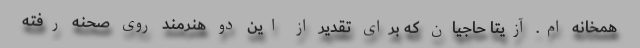
همخانه ام. آزیتا حاجیان که برای تقدیر از این دو هنرمند روی صحنه رفته